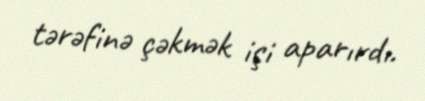
tərəfinə çəkmək işi aparırdı.